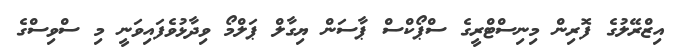
އިޒްރޭލުގެ ފޮރިން މިނިސްޓްރީގެ ސްޕޯކްސް ޕާސަން ޔިގާލް ޕަލްމޯ ވިދާޅުވެފައިވަނީ މި ސްވިސްގެ